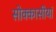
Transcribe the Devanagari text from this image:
सोक्कासीयां